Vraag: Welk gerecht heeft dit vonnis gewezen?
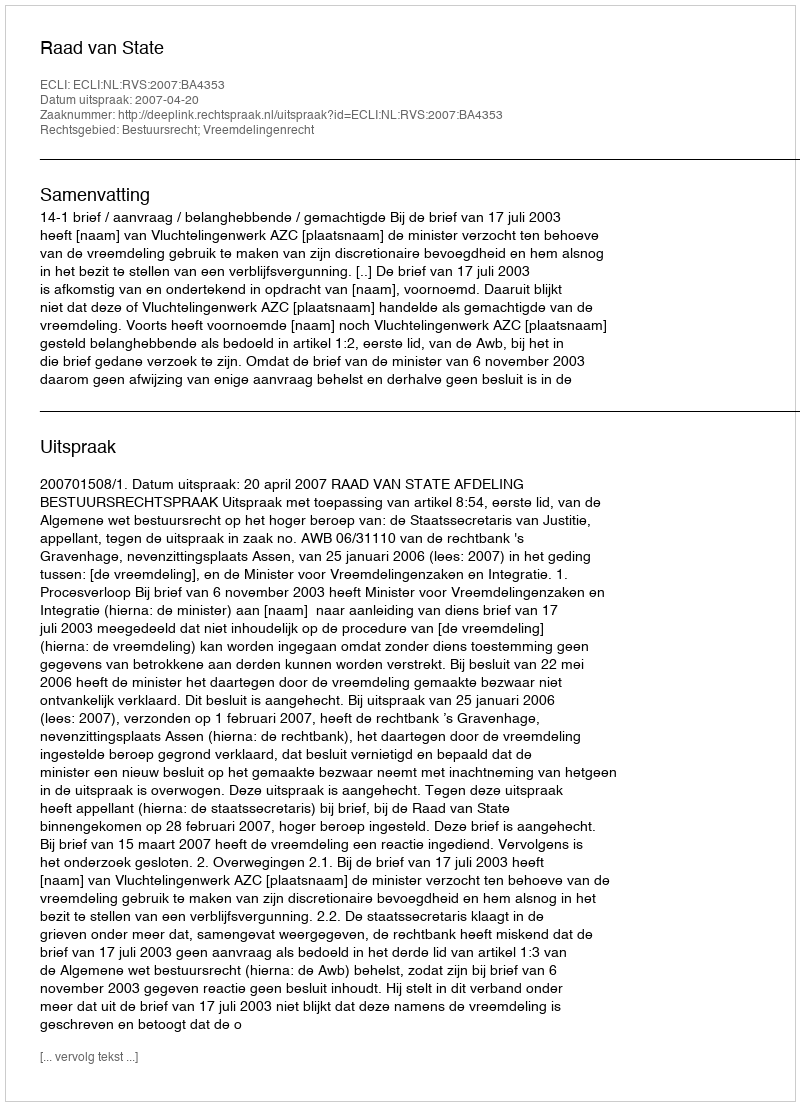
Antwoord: Raad van State